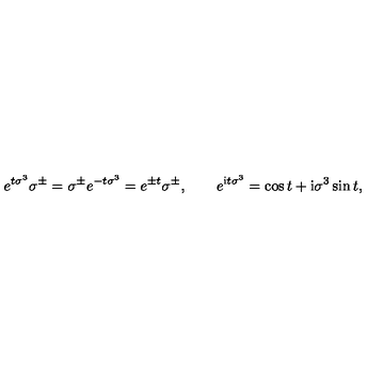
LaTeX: e ^ { t \sigma ^ { 3 } } \sigma ^ { \pm } = \sigma ^ { \pm } e ^ { - t \sigma ^ { 3 } } = e ^ { \pm t } \sigma ^ { \pm } , \qquad e ^ { \mathrm { i } t \sigma ^ { 3 } } = \cos t + \mathrm { i } \sigma ^ { 3 } \sin t ,